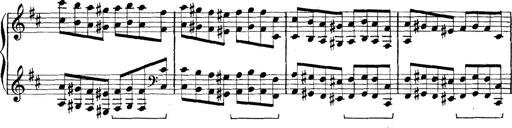
Title: Rapsodie: 19 ungheresi, 1 spagnuola
Composer: Franz Liszt